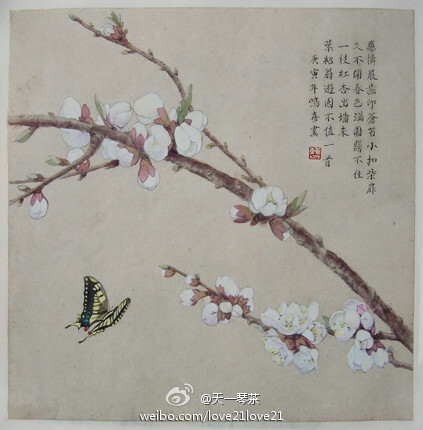
喧啾百鸟群，忽见孤凤凰。